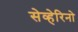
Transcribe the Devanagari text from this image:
सेव्हेरिनो